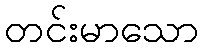
တင်းမာသော